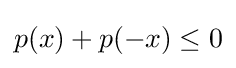
p(x)+p(-x)\leq 0